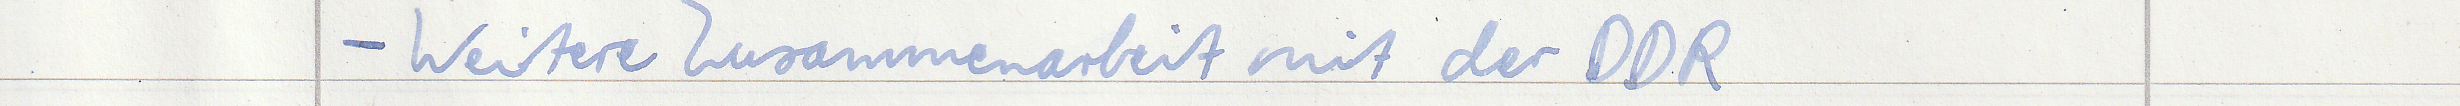
- Weitere Zusammenarbeit mit der DDR